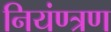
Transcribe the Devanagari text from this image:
नियंण्त्रण